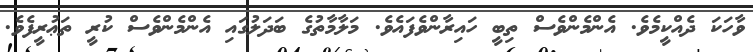
ވާހަކަ ދެއްކީމެވެ. އެންމެންވެސް ތިބީ ހައިރާންވެފައެވެ. މަލާމާތުގެ ބަދަލުގައި އެންމެންވެސް ކުރީ ތަޢުރީފެވެ.